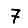
Digit: 7